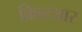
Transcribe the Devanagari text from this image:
किश्टवार